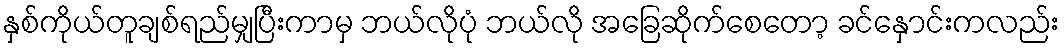
နှစ်ကိုယ်တူချစ်ရည်မျှပြီးကာမှ ဘယ်လိုပုံ ဘယ်လို အခြေဆိုက်စေတော့ ခင်နှောင်းကလည်း